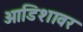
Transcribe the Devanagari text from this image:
ओडिशावर